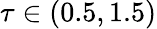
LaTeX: \tau\in(0.5,1.5)